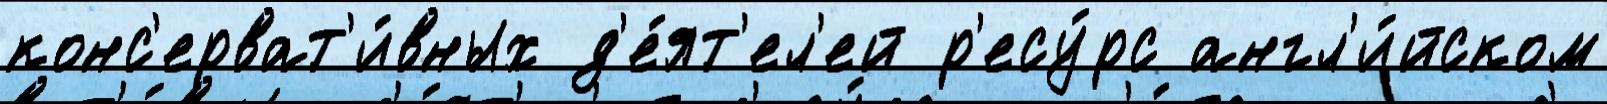
конс'ерват'и́вных д'е́ят'ел'ей р'есу́рс англ'и́йском